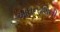
આઘનાશિની